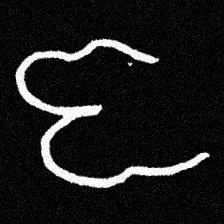
Pyu character \u2014 Myanmar letter: ဇ (romanized: ja)